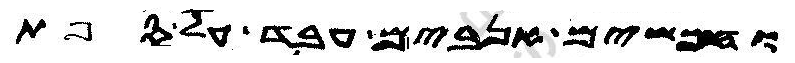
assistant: וחמשים אנבים עבד על ספת